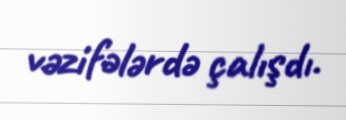
vəzifələrdə çalışdı.